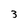
Character: 3